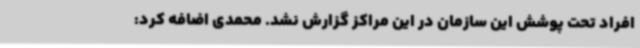
افراد تحت پوشش این سازمان در این مراکز گزارش نشد. محمدی اضافه کرد: